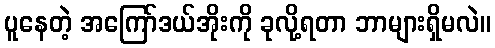
ပူနေတဲ့ အကြော်ဒယ်အိုးကို ခုလို့ရတာ ဘာများရှိမလဲ။